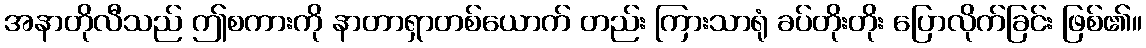
အနာတိုလီသည် ဤစကားကို နာတာရှာတစ်ယောက် တည်း ကြားသာရုံ ခပ်တိုးတိုး ပြောလိုက်ခြင်း ဖြစ်၏။